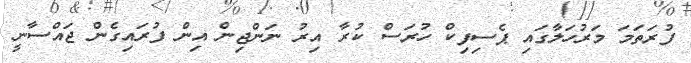
ފުރަތަމަ މަރުހަލާގައި ޕެސިފިކް ހުރަސް ކުރާ އިރު ނަންޖިން އިން ފުރައިގެން ޖައްސާނީ